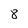
Character: 8